DOW-UAP-D49, Launch Summary, Vandenberg AFB, 2000
Agency: Department of War
Incident date: 2/3/00
Page 21
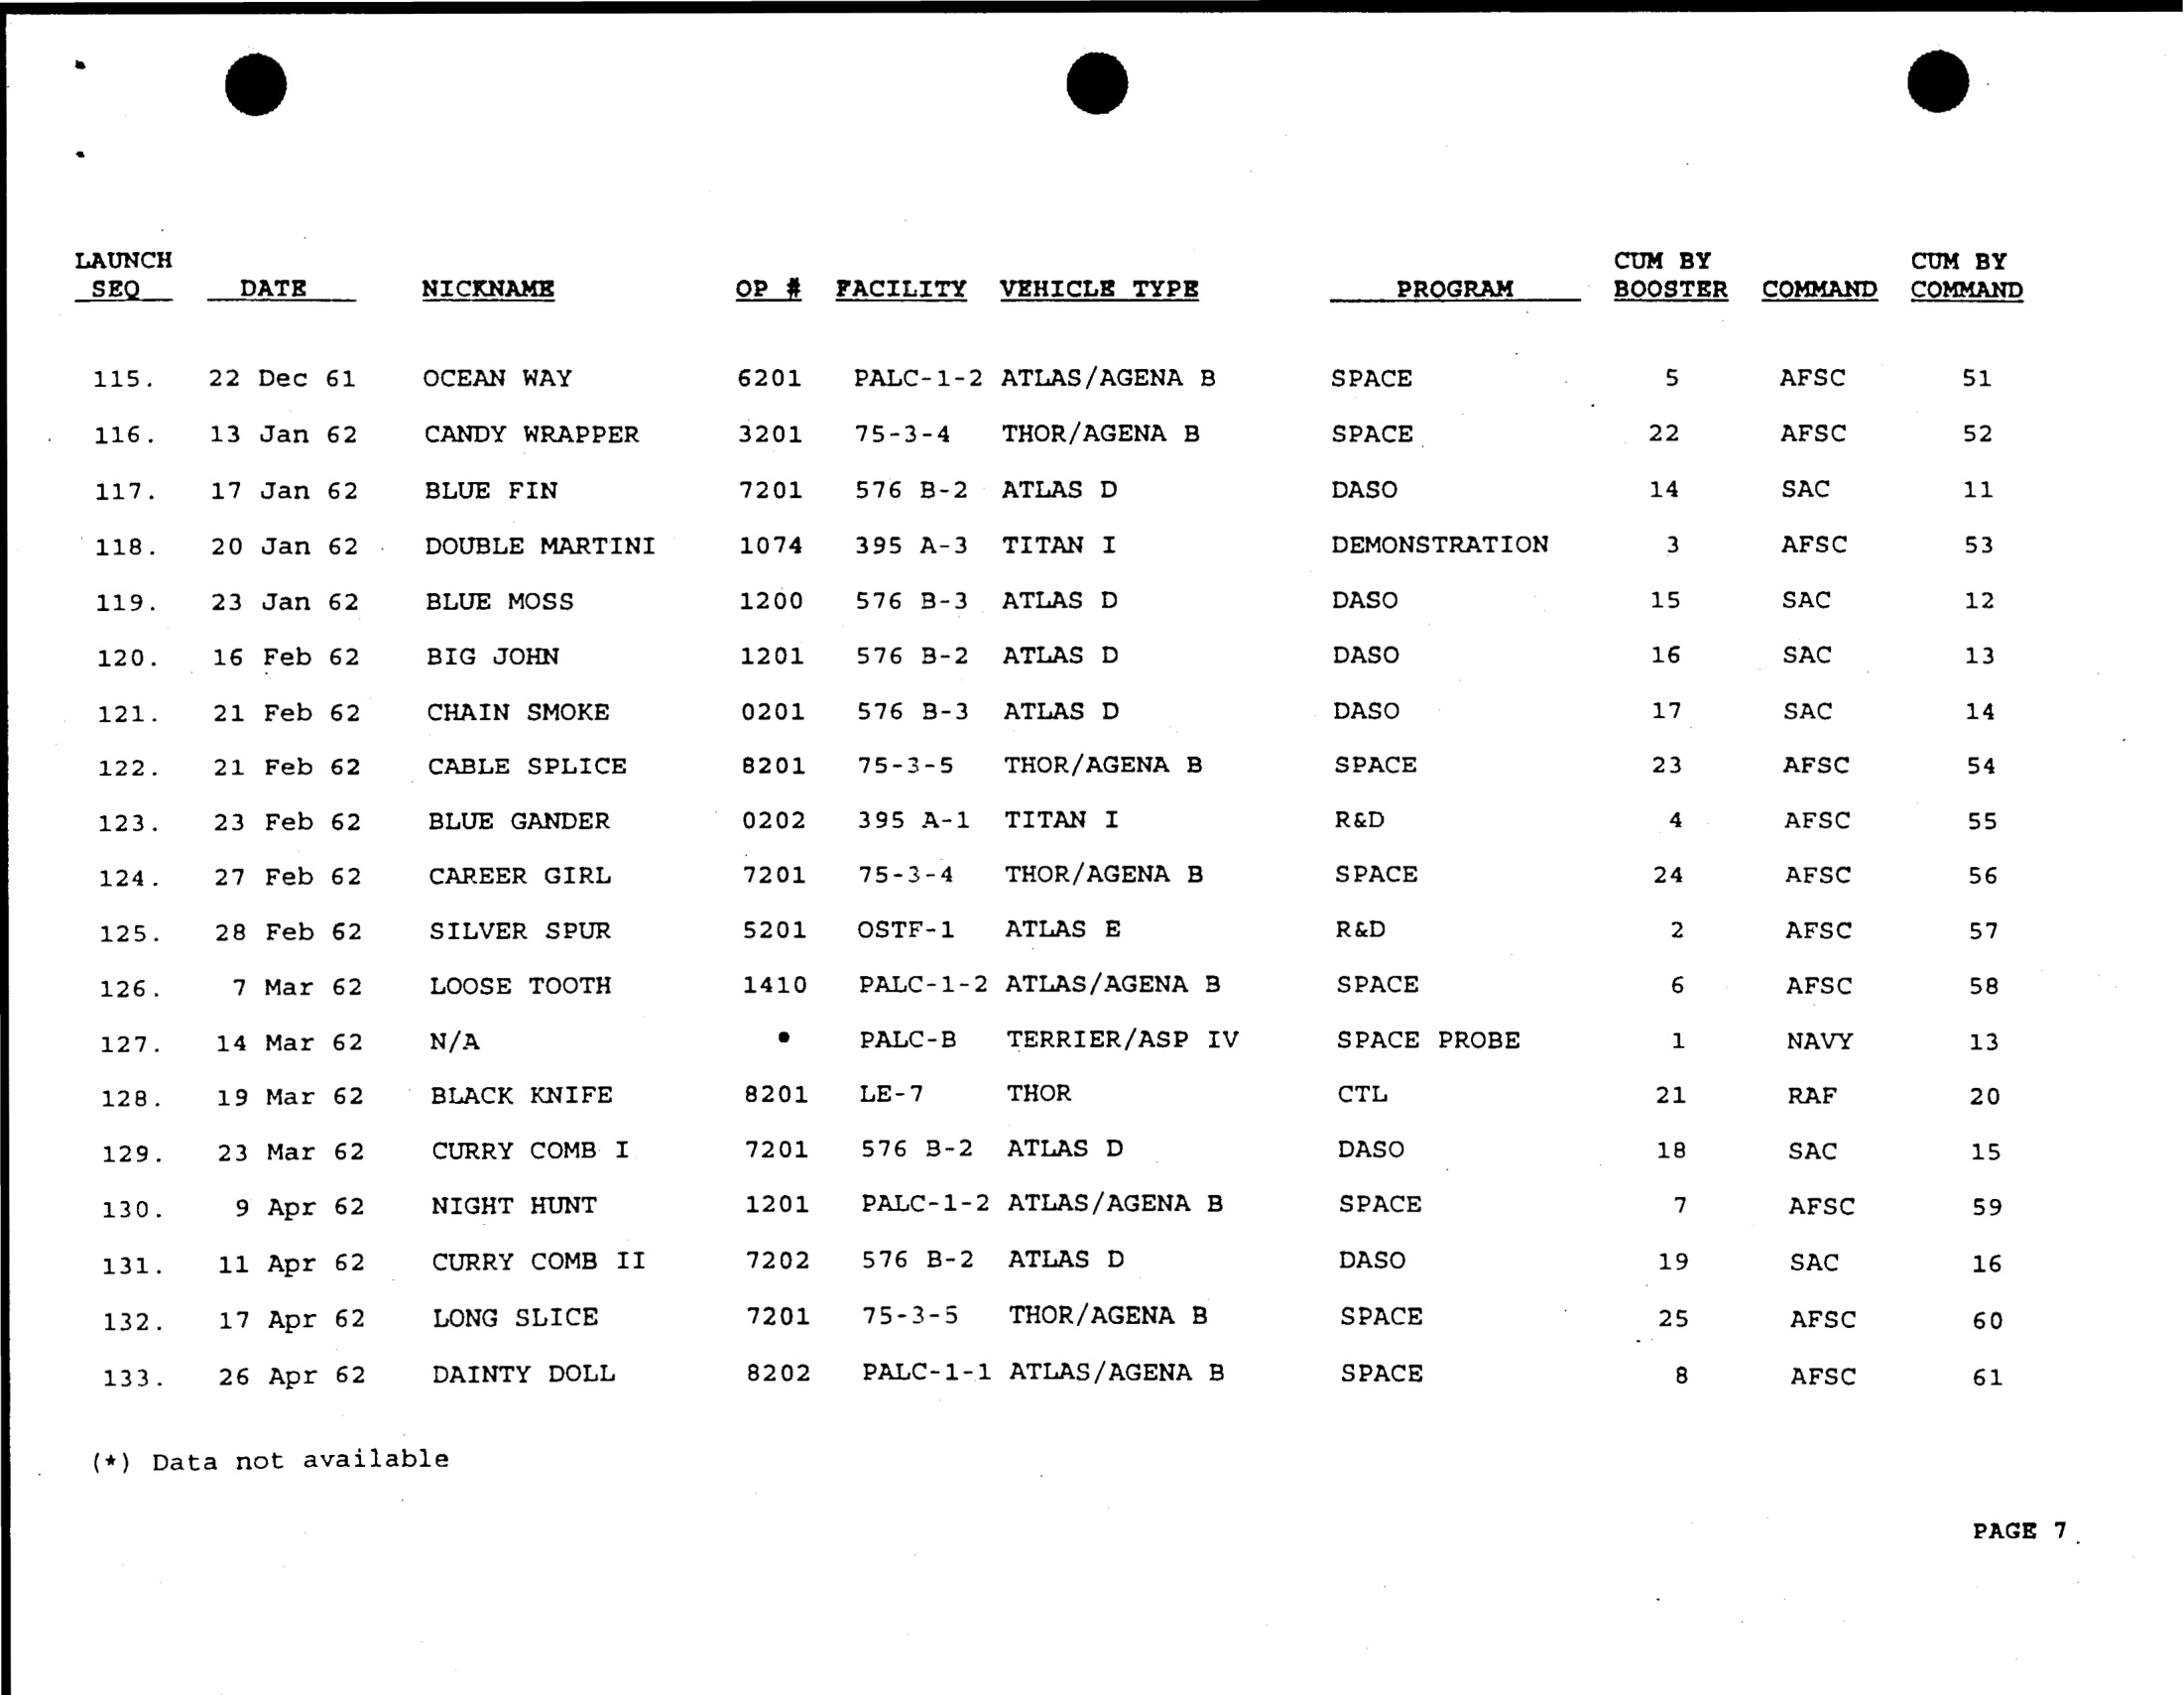